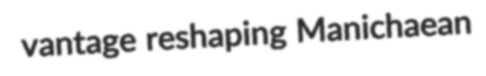
vantage reshaping Manichaean